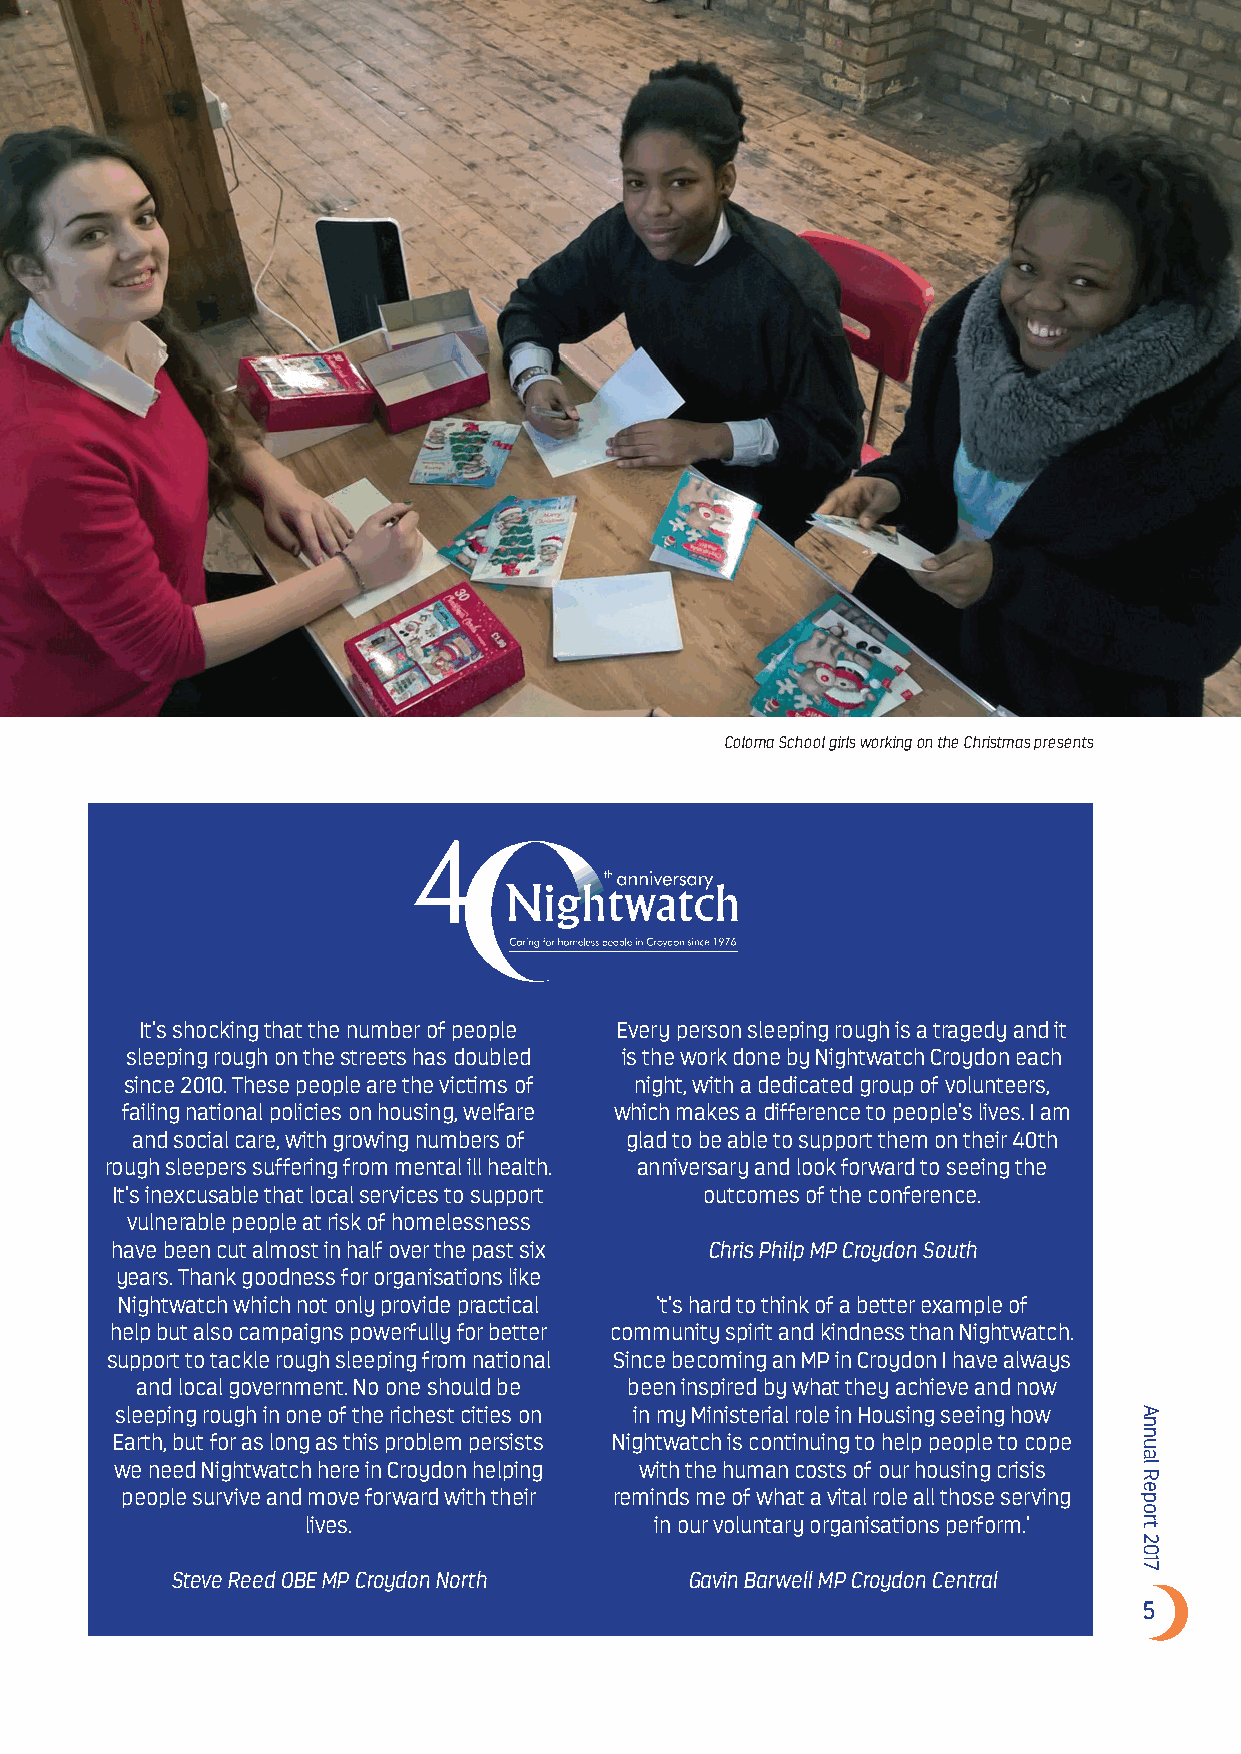
Coloma School girls working on the Christmas presents
 It’s shocking that the number of people Every person sleeping rough is a tragedy and it
 sleeping rough on the streets has doubled is the work done by Nightwatch Croydon each
 since 2010. These people are the victims of night, with a dedicated group of volunteers,
 failing national policies on housing, welfare which makes a difference to people’s lives. I am
 and social care, with growing numbers of glad to be able to support them on their 40th
 rough sleepers suffering from mental ill health. anniversary and look forward to seeing the
 It’s inexcusable that local services to support outcomes of the conference.
 vulnerable people at risk of homelessness
 have been cut almost in half over the past six Chris Philp MP Croydon South
 years. Thank goodness for organisations like
 Nightwatch which not only provide practical ‘t’s hard to think of a better example of
 help but also campaigns powerfully for better community spirit and kindness than Nightwatch.
 support to tackle rough sleeping from national Since becoming an MP in Croydon I have always
 and local government. No one should be been inspired by what they achieve and now
 sleeping rough in one of the richest cities on in my Ministerial role in Housing seeing how
 Earth, but for as long as this problem persists Nightwatch is continuing to help people to cope
 we need Nightwatch here in Croydon helping with the human costs of our housing crisis
 people survive and move forward with their reminds me of what a vital role all those serving
 lives.                 in our voluntary organisations perform.’
 Steve Reed OBE MP Croydon North   Gavin Barwell MP Croydon Central
 5
 Annual
 Report
 2017